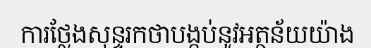
ការថ្លែងសុន្ទរកថាបង្កប់នូវអត្ថន័យយ៉ាង